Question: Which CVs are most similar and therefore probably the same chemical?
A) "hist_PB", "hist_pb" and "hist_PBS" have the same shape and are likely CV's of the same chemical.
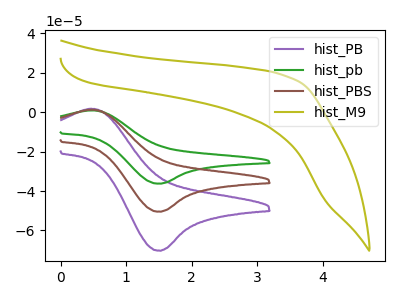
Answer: <think>The purple curve "hist_PB" has an anodic peak at (0.45V, 1.70uA) and a cathodic peak at (1.50V, -70.25uA). The green curve "hist_pb" has an anodic peak at (0.45V, 2.45uA) and a cathodic peak at (1.50V, -101.00uA). The brown curve "hist_PBS" has an anodic peak at (0.45V, 1.20uA) and a cathodic peak at (1.50V, -50.50uA). The olive curve "hist_M9" has no peaks.
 All the peaks in "hist_PB" have a peak in "hist_pb" at the same potential. Every peak in "hist_PB" is lower than every peak in "hist_pb". All the peaks in "hist_PB" have a peak in "hist_PBS" at the same potential. Every peak in "hist_PB" is higher than every peak in "hist_PBS". "hist_PB" and "hist_M9" have a different number of peaks. All the peaks in "hist_pb" have a peak in "hist_PBS" at the same potential. Every peak in "hist_pb" is higher than every peak in "hist_PBS". "hist_pb" and "hist_M9" have a different number of peaks. "hist_PBS" and "hist_M9" have a different number of peaks.</think>
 <answer>A) "hist_PB", "hist_pb" and "hist_PBS" have the same shape and are likely CV's of the same chemical.</answer>
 <eval>A</eval>